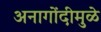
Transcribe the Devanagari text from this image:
अनागोंदीमुळे